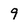
Character: 9